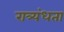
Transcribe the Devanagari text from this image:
रात्र्यंधता